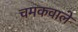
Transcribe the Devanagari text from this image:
चमकवाले